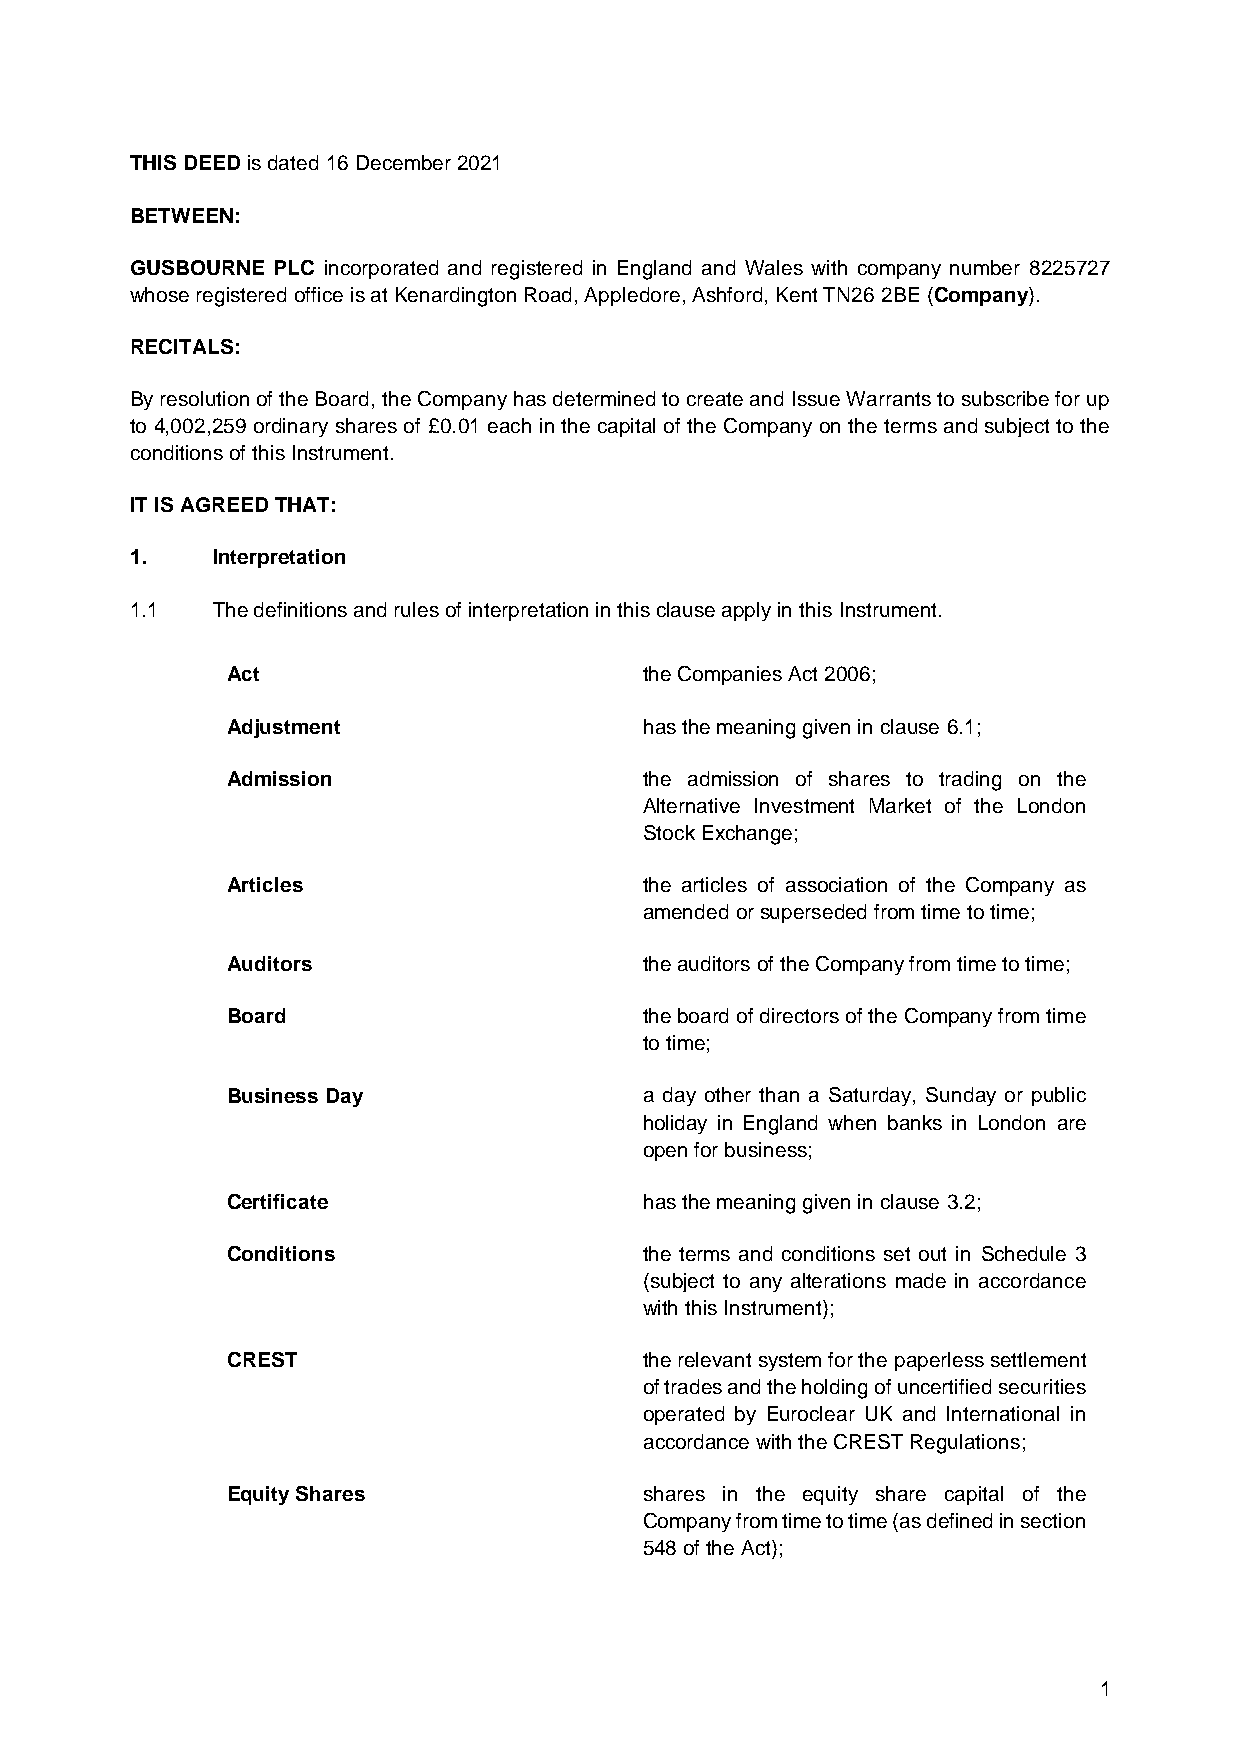
THIS DEED is dated 16 December 2021
 BETWEEN:
 GUSBOURNE PLC incorporated and registered in England and Wales with company number 8225727
 whose registered office is at Kenardington Road, Appledore, Ashford, Kent TN26 2BE (Company).
 RECITALS:
 By resolution of the Board, the Company has determined to create and Issue Warrants to subscribe for up
 to 4,002,259 ordinary shares of £0.01 each in the capital of the Company on the terms and subject to the
 conditions of this Instrument.
 IT IS AGREED THAT:
 1.   Interpretation
 1.1  The definitions and rules of interpretation in this clause apply in this Instrument.
 Act                         the Companies Act 2006;
 Adjustment                  has the meaning given in clause 6.1;
 Admission                   the admission of shares to trading on the
 Alternative Investment Market of the London
 Stock Exchange;
 Articles                    the articles of association of the Company as
 amended or superseded from time to time;
 Auditors                    the auditors of the Company from time to time;
 Board                       the board of directors of the Company from time
 to time;
 Business Day                a day other than a Saturday, Sunday or public
 holiday in England when banks in London are
 open for business;
 Certificate                 has the meaning given in clause 3.2;
 Conditions                  the terms and conditions set out in Schedule 3
 (subject to any alterations made in accordance
 with this Instrument);
 CREST                       the relevant system for the paperless settlement
 of trades and the holding of uncertified securities
 operated by Euroclear UK and International in
 accordance with the CREST Regulations;
 Equity Shares               shares in the equity share capital of the
 Company from time to time (as defined in section
 548 of the Act);
 1